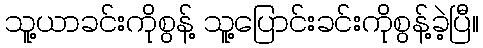
သူ့ယာခင်းကိုစွန့် သူ့ပြောင်းခင်းကိုစွန့်ခဲ့ပြီ။